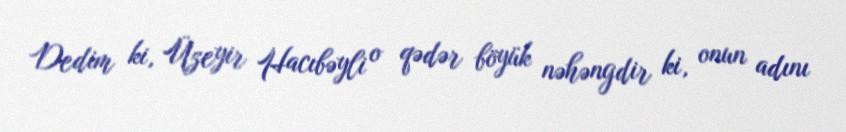
Dedim ki, Üzeyir Hacıbəyli o qədər böyük nəhəngdir ki, onun adını